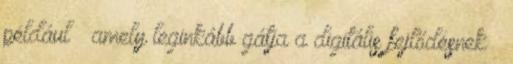
például – amely leginkább gátja a digitális fejlődésnek –